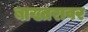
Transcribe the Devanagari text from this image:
बाख्तरावर